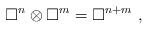
LaTeX: \begin{align*} \square^n \otimes \square^m = \square^{n+m}\ , \end{align*}